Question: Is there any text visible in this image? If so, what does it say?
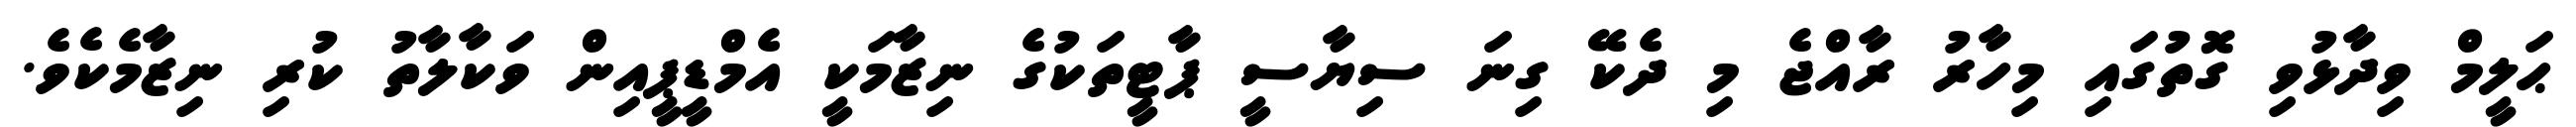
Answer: ޙަލީމް ވިދާޅުވި ގޮތުގައި މިހާރު ރާއްޖެ މި ދެކޭ ގިނަ ސިޔާސީ ޕާޓީތަކުގެ ނިޒާމަކީ އެމްޑީޕީއިން ވަކާލާތު ކުރި ނިޒާމެކެވެ.